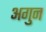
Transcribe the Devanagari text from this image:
अगुन